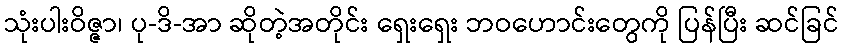
သုံးပါးဝိဇ္ဇာ၊ ပု-ဒိ-အာ ဆိုတဲ့အတိုင်း ရှေးရှေး ဘဝဟောင်းတွေကို ပြန်ပြီး ဆင်ခြင်